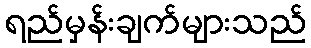
ရည်မှန်းချက်များသည်